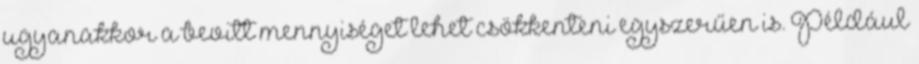
ugyanakkor a bevitt mennyiséget lehet csökkenteni egyszerűen is. Például